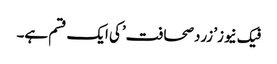
فیک نیوز’ زردصحافت’کی ایک قسم ہے۔